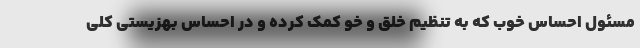
مسئول احساس خوب که به تنظیم خلق و خو کمک کرده و در احساس بهزیستی کلی